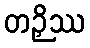
တဉှိဿ